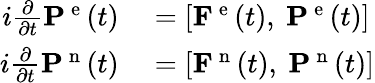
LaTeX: \begin{array}{rl}{i\frac{\partial}{\partial t}\mathbf{P}^{\mathrm{~e~}}(t)}&{{}=\left[\mathbf{F}^{\mathrm{~e~}}(t),\ \mathbf{P}^{\mathrm{~e~}}(t)\right]}\\ {i\frac{\partial}{\partial t}\mathbf{P}^{\mathrm{~n~}}(t)}&{{}=\left[\mathbf{F}^{\mathrm{~n~}}(t),\ \mathbf{P}^{\mathrm{~n~}}(t)\right]}\end{array}